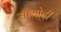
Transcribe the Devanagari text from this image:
सामोदी